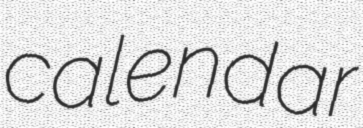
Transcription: calendar